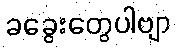
ခခွေးတွေပါဗျာ